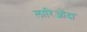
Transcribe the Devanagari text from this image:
लारिओंदा